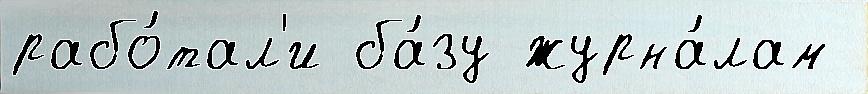
рабо́тал'и ба́зу журна́лам